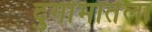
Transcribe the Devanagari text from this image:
दुर्गामातेला